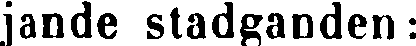
jande stadganden: